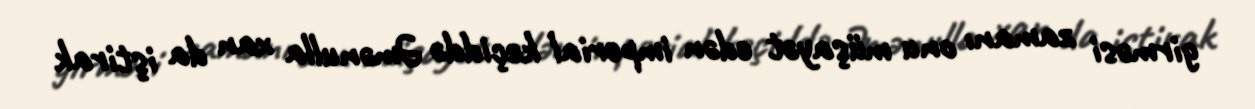
girməsi zamanı onu müşayət edən imperial keçiddə Əmənulla xan da iştirak